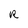
Character: R